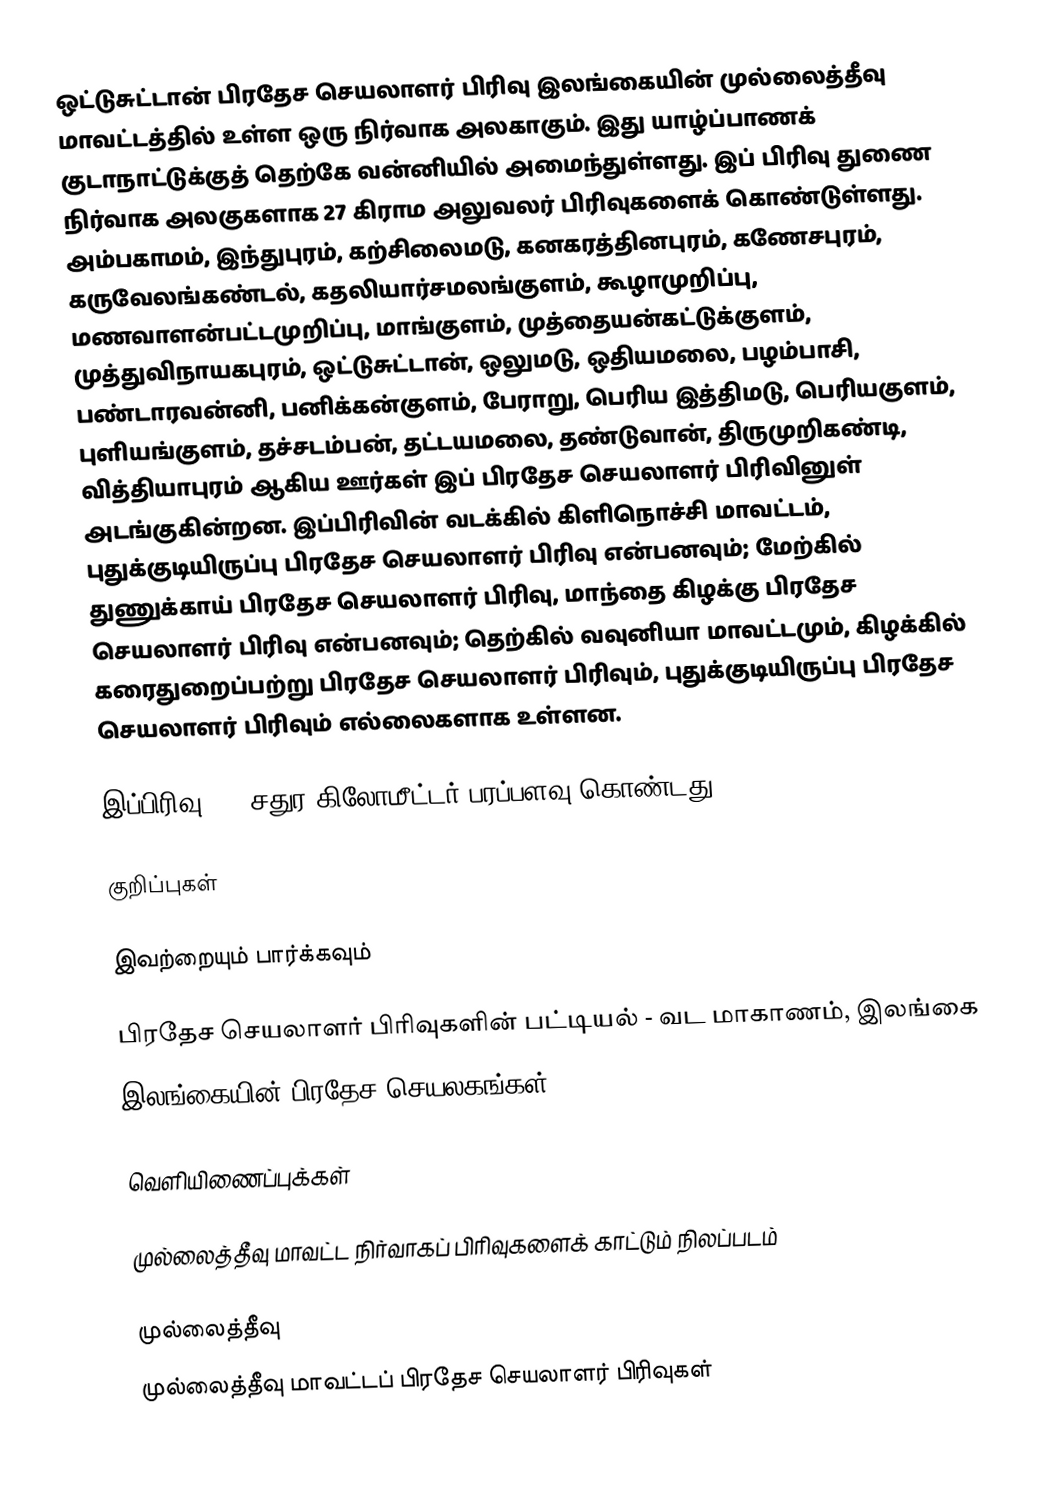
ஒட்டுசுட்டான் பிரதேச செயலாளர் பிரிவு இலங்கையின் முல்லைத்தீவு மாவட்டத்தில் உள்ள ஒரு நிர்வாக அலகாகும். இது யாழ்ப்பாணக் குடாநாட்டுக்குத் தெற்கே வன்னியில் அமைந்துள்ளது. இப் பிரிவு துணை நிர்வாக அலகுகளாக 27 கிராம அலுவலர் பிரிவுகளைக் கொண்டுள்ளது. அம்பகாமம், இந்துபுரம், கற்சிலைமடு, கனகரத்தினபுரம், கணேசபுரம், கருவேலங்கண்டல், கதலியார்சமலங்குளம், கூழாமுறிப்பு, மணவாளன்பட்டமுறிப்பு, மாங்குளம், முத்தையன்கட்டுக்குளம், முத்துவிநாயகபுரம், ஒட்டுசுட்டான், ஒலுமடு, ஒதியமலை, பழம்பாசி, பண்டாரவன்னி, பனிக்கன்குளம், பேராறு, பெரிய இத்திமடு, பெரியகுளம், புளியங்குளம், தச்சடம்பன், தட்டயமலை, தண்டுவான், திருமுறிகண்டி, வித்தியாபுரம் ஆகிய ஊர்கள் இப் பிரதேச செயலாளர் பிரிவினுள் அடங்குகின்றன. இப்பிரிவின் வடக்கில் கிளிநொச்சி மாவட்டம், புதுக்குடியிருப்பு பிரதேச செயலாளர் பிரிவு என்பனவும்; மேற்கில் துணுக்காய் பிரதேச செயலாளர் பிரிவு, மாந்தை கிழக்கு பிரதேச செயலாளர் பிரிவு என்பனவும்; தெற்கில் வவுனியா மாவட்டமும், கிழக்கில் கரைதுறைப்பற்று பிரதேச செயலாளர் பிரிவும், புதுக்குடியிருப்பு பிரதேச செயலாளர் பிரிவும் எல்லைகளாக உள்ளன.

இப்பிரிவு --- சதுர கிலோமீட்டர் பரப்பளவு கொண்டது.

குறிப்புகள்

இவற்றையும் பார்க்கவும்

 பிரதேச செயலாளர் பிரிவுகளின் பட்டியல் - வட மாகாணம், இலங்கை
 இலங்கையின் பிரதேச செயலகங்கள்

வெளியிணைப்புக்கள்

 முல்லைத்தீவு மாவட்ட நிர்வாகப் பிரிவுகளைக் காட்டும் நிலப்படம்

முல்லைத்தீவு
முல்லைத்தீவு மாவட்டப் பிரதேச செயலாளர் பிரிவுகள்